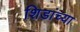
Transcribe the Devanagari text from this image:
शिडांच्या